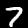
Digit: 7